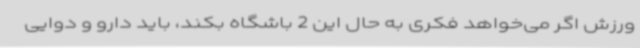
ورزش اگر می‌خواهد فکری به حال این 2 باشگاه بکند، باید دارو و دوایی